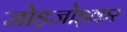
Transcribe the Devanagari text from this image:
जोड़जोड़कर